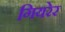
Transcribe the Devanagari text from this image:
गियरेर